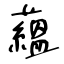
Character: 蘊